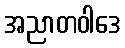
အညာတဝါဒေ